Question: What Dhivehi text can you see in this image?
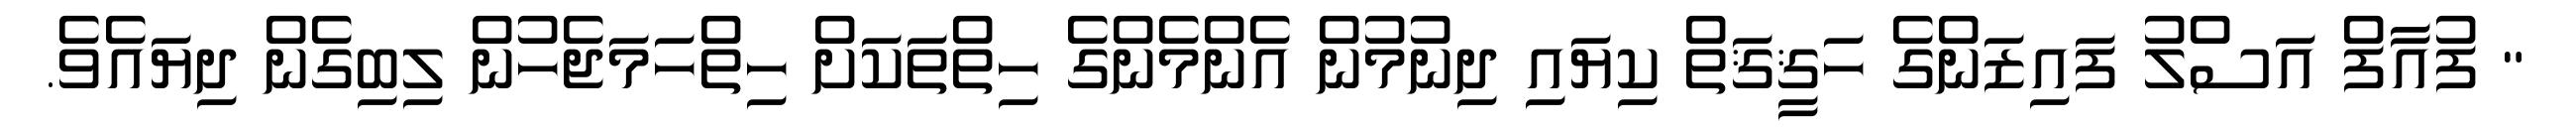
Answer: " ފުއާފް އަސްލު ފައިޒަންގެ ހަޤީޤަތް ކިޔައި ދިނުމުން އެންމެންގެ ހިތްތަކަށް ހިތްހަމަޖެހުން ލިބިގެން ދިޔައެވެ.